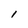
Character: 1